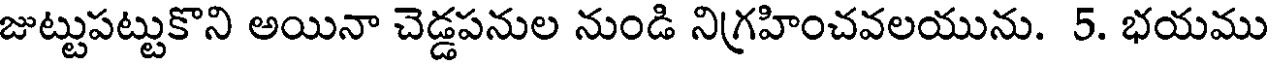
జుట్టుపట్టుకొని అయినా చెడ్డపనుల నుండి నిగ్రహించవలయును. 5. భయము